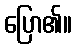
ပြော၏။